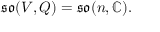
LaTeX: { \mathfrak { s o } } ( V , Q ) = { \mathfrak { s o } } ( n , \mathbb { C } ) .